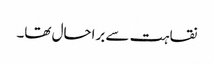
نقاہت سے براحال تھا۔